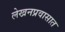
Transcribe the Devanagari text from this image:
लेखनप्रवासात